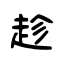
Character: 趁